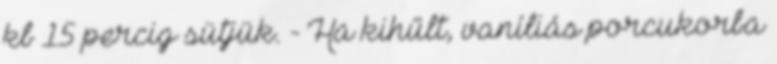
kb 15 percig sütjük. - Ha kihűlt, vaníliás porcukorba